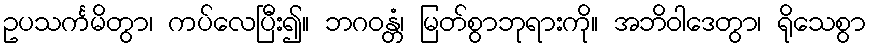
ဥပသင်္ကမိတွာ၊ ကပ်လေပြီး၍။ ဘဂဝန္တံ၊ မြတ်စွာဘုရားကို။ အဘိဝါဒေတွာ၊ ရိုသေစွာ